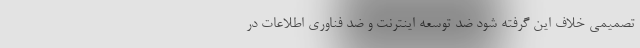
تصمیمی خلاف این گرفته شود ضد توسعه اینترنت و ضد فناوری اطلاعات در